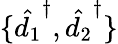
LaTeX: \{ \hat{d_{1}}^{\dagger},\hat{d_{2}}^{\dagger}\}